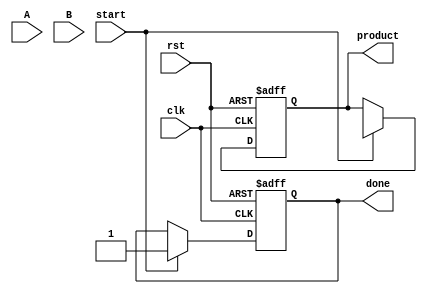
module wallace_tree_multiplier #(parameter N = 8) (
    input wire clk,
    input wire rst,
    input wire [N-1:0] A,
    input wire [N-1:0] B,
    output reg [2*N-1:0] product,
    input wire start,
    output reg done
);

    reg [N-1:0] partial_products[N-1:0]; // Array to hold partial products
    reg [2*N-1:0] sum_stage [N-1:0];      // Sum at each stage
    reg [N-1:0] carry_stage [N-1:0];      // Carry at each stage
    integer i, j;

    // Generate Partial Products
    always @(posedge clk or posedge rst) begin
        if (rst) begin
            done <= 0;
            product <= 0;
        end else if (start) begin
            // Generate partial products
            for (i = 0; i < N; i = i + 1) begin
                partial_products[i] = A & {N{B[i]}};
            end

            // Wallace Tree Reduction
            for (i = 0; i < N; i = i + 1) begin
                sum_stage[i] = 0;
                carry_stage[i] = 0;
            end
            
            // Combine partial products in levels
            for (i = 0; i < N; i = i + 1) begin
                for (j = 0; j < N; j = j + 1) begin
                    if (i + j < 2*N) begin
                        sum_stage[i + j] = sum_stage[i + j] + partial_products[i][j];
                    end
                end
            end

            // Final addition
            product = 0;
            for (i = 0; i < 2*N; i = i + 1) begin
                product = product + sum_stage[i];
            end
            done <= 1; // Indicate multiplication is done
        end
    end

endmodule